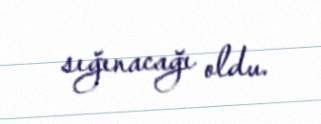
sığınacağı oldu.